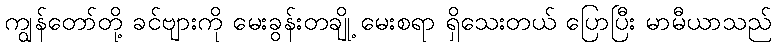
ကျွန်တော်တို့ ခင်ဗျားကို မေးခွန်းတချို့ မေးစရာ ရှိသေးတယ် ပြောပြီး မာမီယာသည်